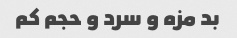
بد مزه و سرد و حجم کم